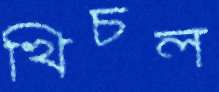
খিচল